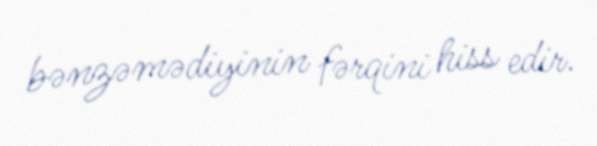
bənzəmədiyinin fərqini hiss edir.